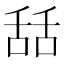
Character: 𦧚